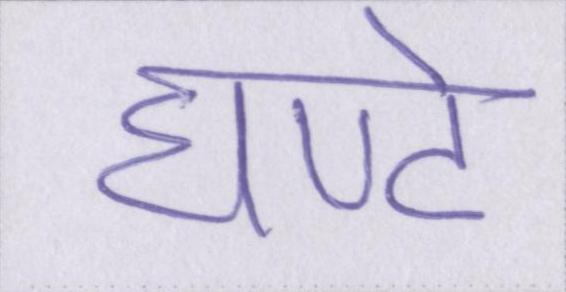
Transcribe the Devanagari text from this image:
घण्टे